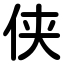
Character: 侠